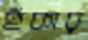
হুঁকার